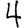
Digit: 4